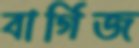
বার্গিজ